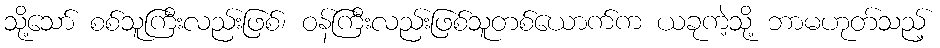
သို့သော် စစ်သူကြီးလည်းဖြစ်၊ ဝန်ကြီးလည်းဖြစ်သူတစ်ယောက်က ယခုကဲ့သို့ ဘာမဟုတ်သည့်